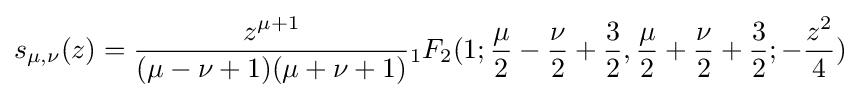
s_{\mu ,\nu }(z)={\frac {z^{\mu +1}}{(\mu -\nu +1)(\mu +\nu +1)}}{}_{1}F_{2}(1;{\frac {\mu }{2}}-{\frac {\nu }{2}}+{\frac {3}{2}},{\frac {\mu }{2}}+{\frac {\nu }{2}}+{\frac {3}{2}};-{\frac {z^{2}}{4}})